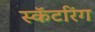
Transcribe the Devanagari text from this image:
स्कॅटरिंग